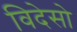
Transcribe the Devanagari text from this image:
विदेसो